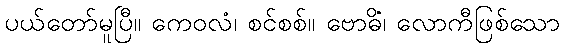
ပယ်တော်မူပြီ။ ကေဝလံ၊ စင်စစ်။ ဗောဓိံ၊ လောကီဖြစ်သော